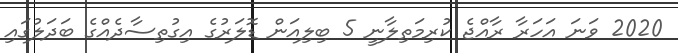
2020 ވަނަ އަހަރާ ރާއްޖެ ކުރިމަތިލާނީ 5 ބިލިއަން ޑޮލަރުގެ އިގުތިސާދެއްގެ ބަދަލުގައި